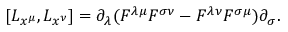
[ L _ { x ^ { \mu } } , L _ { x ^ { \nu } } ] = \partial _ { \lambda } ( F ^ { \lambda \mu } F ^ { \sigma \nu } - F ^ { \lambda \nu } F ^ { \sigma \mu } ) \partial _ { \sigma } .